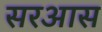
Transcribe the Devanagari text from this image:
सरआस